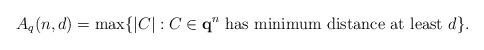
LaTeX: \begin{align*}A_q(n,d) = \max \{ |C| : C \in {\bf q}^n \textrm{ has minimum distance at least } d\}.\end{align*}